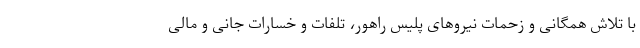
با تلاش همگانی و زحمات نیروهای پلیس راهور، تلفات و خسارات جانی و مالی